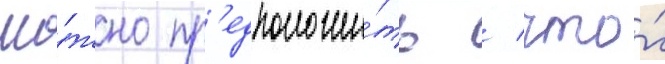
Мо́жно пр'едположи́ть / что́